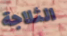
الثلاجة